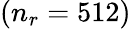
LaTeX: (n_{r}=512)